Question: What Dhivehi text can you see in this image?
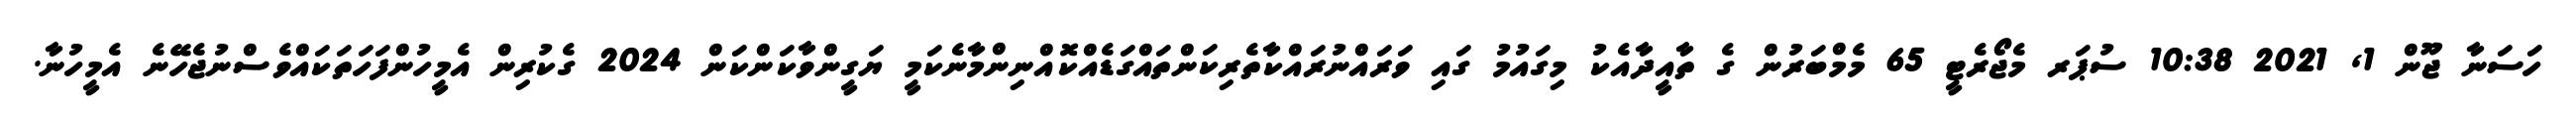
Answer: ހަސަނާ ޖޫން 1, 2021 10:38 ސުޕަރ މެޖޯރެޓީ 65 މެމްބަރުން ގެ ތާއީދާއެކު މިގައުމު ގައި ވަރައްނުރައްކާތެރިކަންތައްގަޑެއްކޮއްނިންމާނެކަމީ ޔަގީންވާކަންކަން 2024 ގެކުރިން އެމީހުންފަހަތަކައްވެސްނުޖެހޭނެ އެމީހުނާ.